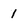
Character: 1